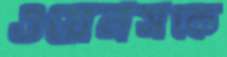
ওয়েনসকে